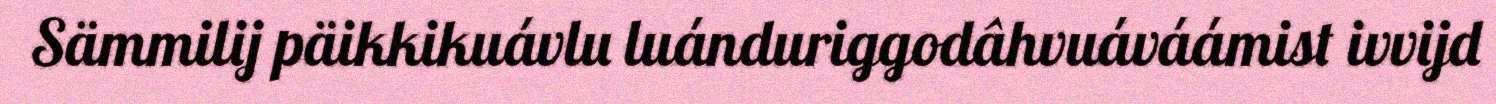
Sämmilij päikkikuávlu luánduriggodâhvuáváámist ivvijd